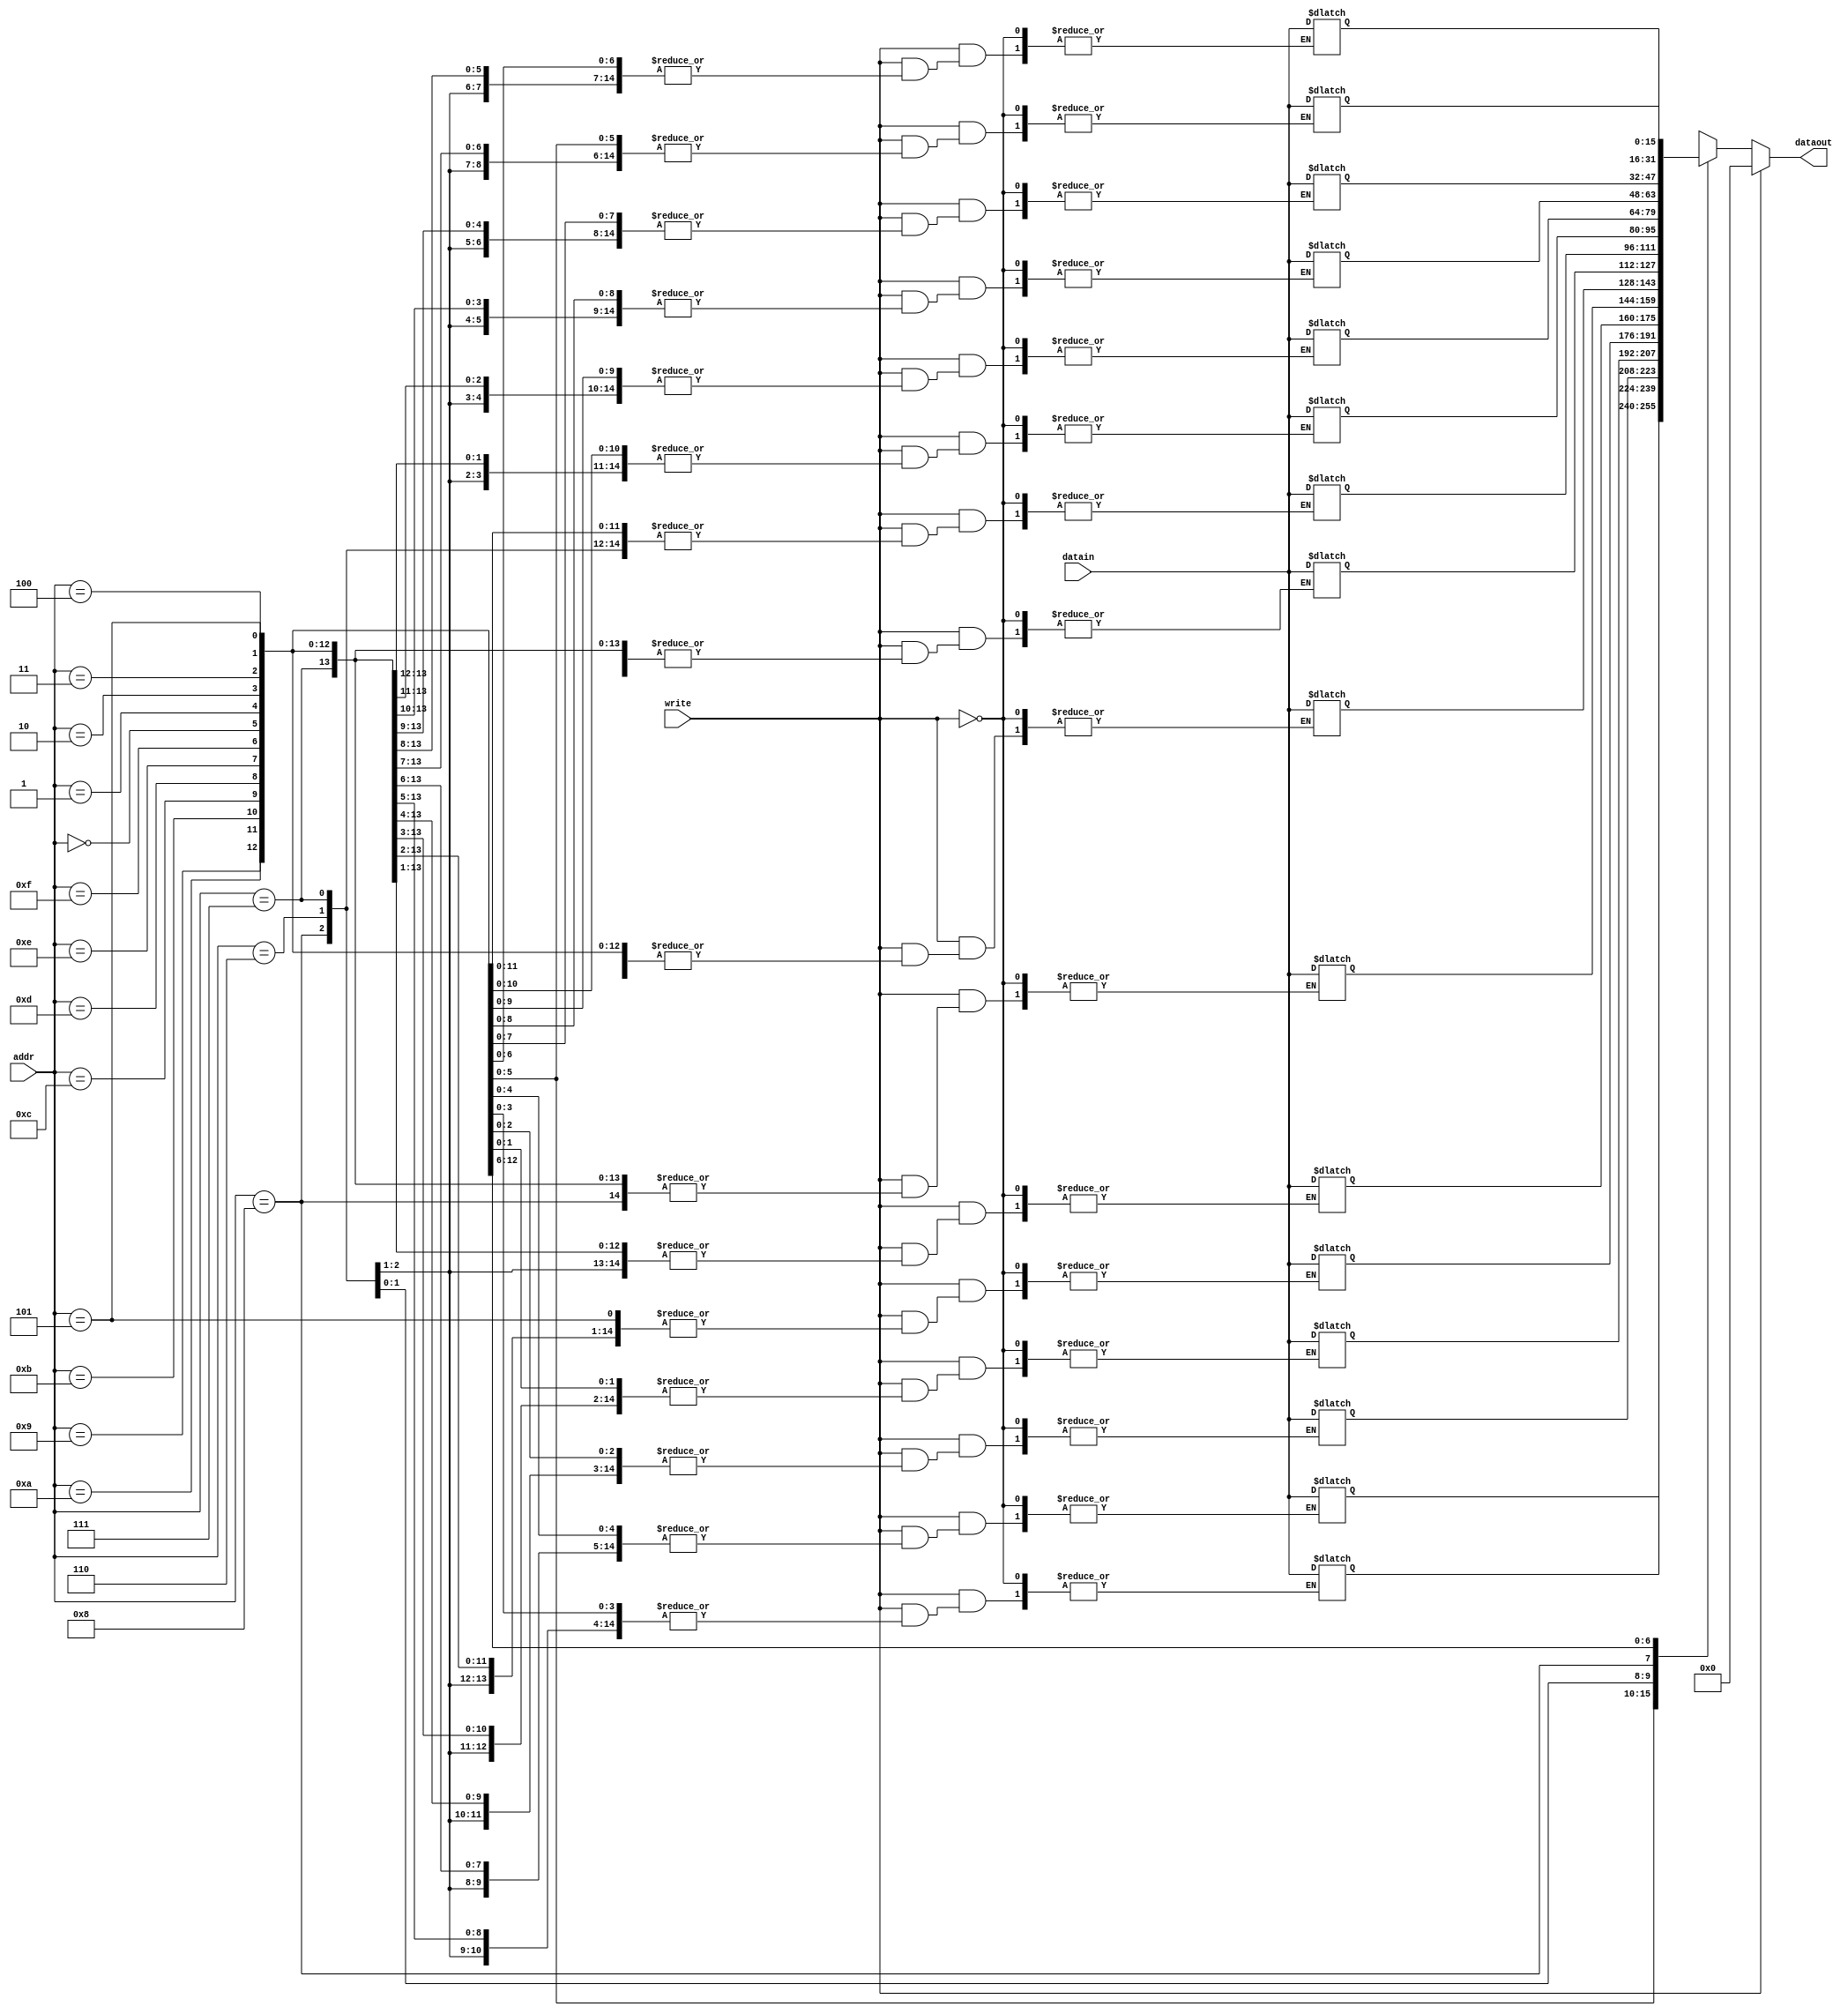
module memDados(addr, write, datain, dataout);

	input [3:0] addr;
	input write;
	input [15:0] datain;
	output reg [15:0] dataout;
	
	reg [15:0] memoria[15:0];
	
	initial begin
		dataout = 16'b0;
		memoria[0][15:0] = 16'b0000000000000111;
		memoria[1][15:0] = 16'b0000000000000011;
		memoria[2][15:0] = 16'b0000000000000001;
		memoria[3][15:0] = 16'b0000000000000101;
		memoria[4][15:0] = 16'b0000000000000111;
	end
	
	always@(*)
	begin
		dataout = 16'b0;
		if(write == 1'b1)
		begin
			memoria[addr] = datain;
		end
		else begin
			dataout = memoria[addr];
		end
	end

endmodule